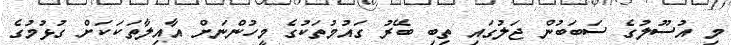
މި އުސޫލުގެ ސަބަބުން ޖަލުގައި ތިބި ބޭރު ގައުމުތަކުގެ މީހުންނަށް އާއިލާތަކަކަށް ގުޅުމުގެ